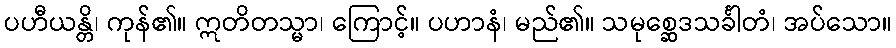
ပဟီယန္တိ၊ ကုန်၏။ ဣတိတသ္မာ၊ ကြောင့်။ ပဟာနံ၊ မည်၏။ သမုစ္ဆေဒသင်္ခါတံ၊ အပ်သော။